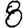
Digit: 8